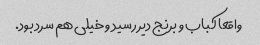
واقعا کباب و برنج دیر رسید و خیلی هم سرد بود.